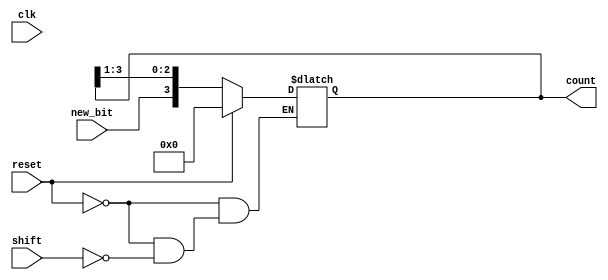
module async_shift_counter (
    input wire clk,         // Clock signal (not used for asynchronous operation)
    input wire reset,       // Asynchronous reset signal
    input wire shift,       // Shift input signal
    input wire new_bit,     // New bit to feed into the LSB during shifting
    output reg [3:0] count  // 4-bit output representing the current state of the counter
);

    // Asynchronous reset and shifting logic
    always @(*) begin
        if (reset) begin
            count = 4'b0000; // Reset the counter to 0
        end else if (shift) begin
            count = {new_bit, count[3:1]}; // Shift right and insert new_bit
        end
    end

endmodule